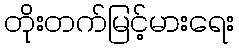
တိုးတက်မြင့်မားရေး